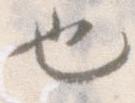
也